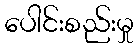
ပေါင်းစည်းမှု